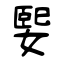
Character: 媐